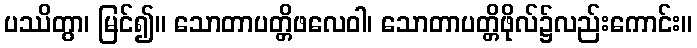
ပဿိတွာ၊ မြင်၍။ သောတာပတ္တိဖလေဝါ၊ သောတာပတ္တိဖိုလ်၌လည်းကောင်း။